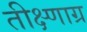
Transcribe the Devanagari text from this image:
तीक्ष्णाग्र